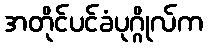
အတိုင်ပင်ခံပုဂ္ဂိုလ်က